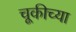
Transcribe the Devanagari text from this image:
चूकीच्या